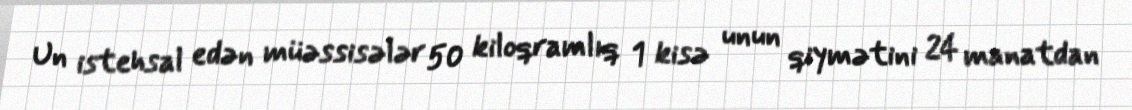
Un istehsal edən müəssisələr 50 kiloqramlıq 1 kisə unun qiymətini 24 manatdan